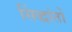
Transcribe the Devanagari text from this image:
सिंद्धांतों